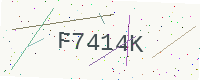
Text: F7414K